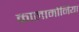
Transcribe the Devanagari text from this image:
कालामोनिया